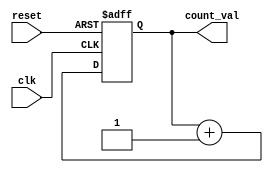
module nbit_counter
#(parameter N = 8)
(
	input clk,
	input reset,
	output reg [N - 1: 0] count_val
);

	always @(posedge clk, negedge reset)
		if(reset == 1'b0)
			count_val <= 0;
		else
			count_val <= count_val + 1'b1;

endmodule